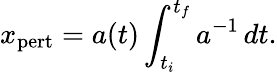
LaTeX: x_{\mathrm{pert}}=a(t)\int_{t_{i}}^{t_{f}}a^{-1}\, dt.